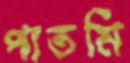
পাতমি